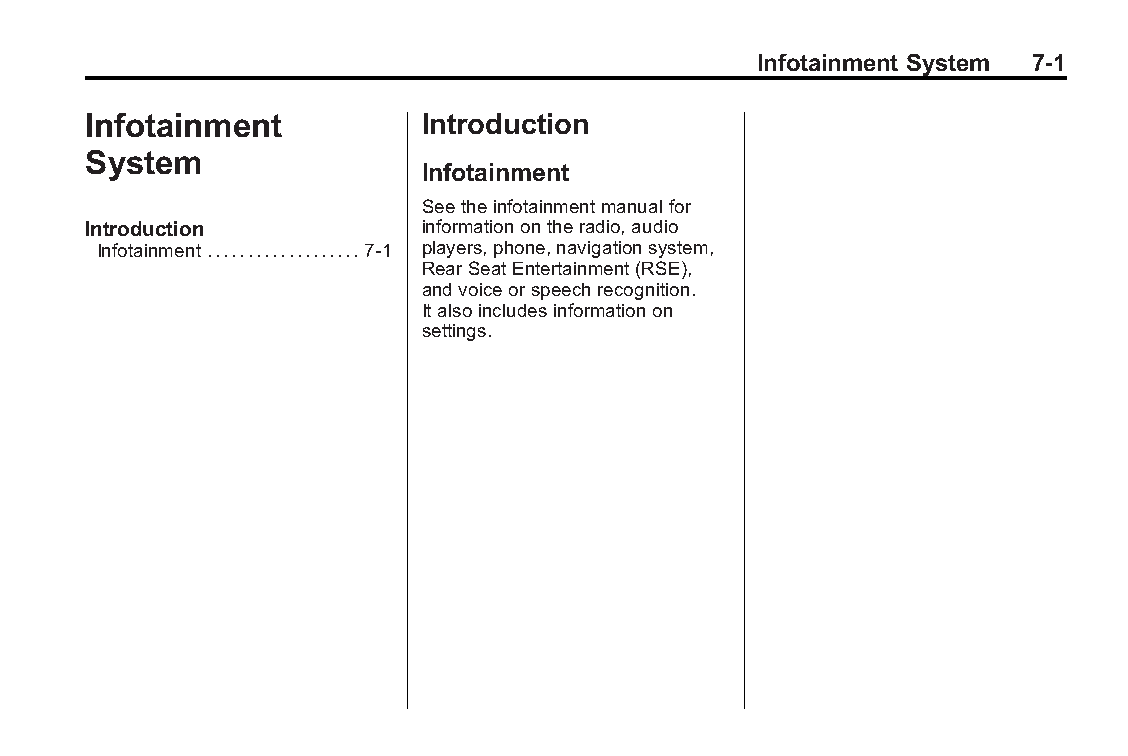
Buick LaCrosse Owner Manual (GMNA-Localizing-U.S./Canada/Mexico- Blackplate(1,1)
 6043609)-2014-2ndEdition-10/17/13
 Infotainment System 7-1
 Infotainment           Introduction
 System
 Infotainment
 Seetheinfotainmentmanualfor
 Introduction           informationontheradio,audio
 Infotainment...................7-1 players,phone,navigationsystem,
 RearSeatEntertainment(RSE),
 andvoiceorspeechrecognition.
 Italsoincludesinformationon
 settings.